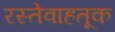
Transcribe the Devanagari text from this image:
रस्तेवाहतूक